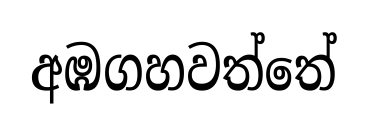
අඹගහවත්තේ